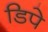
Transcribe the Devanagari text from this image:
डिपे